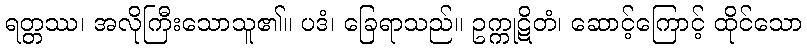
ရတ္တဿ၊ အလိုကြီးသောသူ၏။ ပဒံ၊ ခြေရာသည်။ ဥက္ကုဋိတံ၊ ဆောင့်ကြောင့် ထိုင်သော